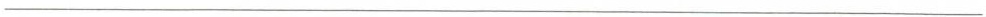
___